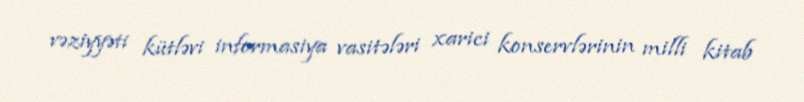
vəziyyəti kütləvi informasiya vasitələri xarici konservlərinin milli kitab